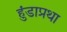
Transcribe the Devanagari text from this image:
हुंडाप्रथा